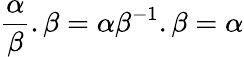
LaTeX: {\frac{\alpha}{\beta}}.\beta=\alpha\beta^{-1}.\beta=\alpha